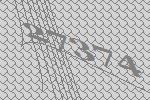
27374